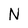
Character: N